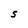
Character: S